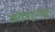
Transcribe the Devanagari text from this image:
कोइंबतूरमधून